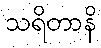
သရိတာနိ